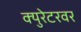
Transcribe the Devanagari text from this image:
क्युरेटरवर